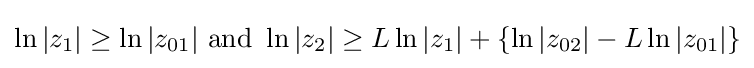
\ln |z_{1}|\geq \ln |z_{01}|{\text{ and }}\ln |z_{2}|\geq L\ln |z_{1}|+\{\ln |z_{02}|-L\ln |z_{01}|\}